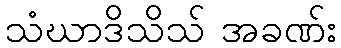
သံဃာဒိသိသ် အခဏ်း